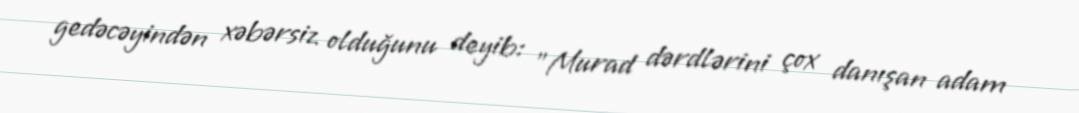
gedəcəyindən xəbərsiz olduğunu deyib: "Murad dərdlərini çox danışan adam